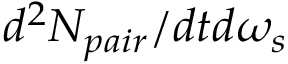
d ^ { 2 } N _ { p a i r } / d t d \omega _ { s }